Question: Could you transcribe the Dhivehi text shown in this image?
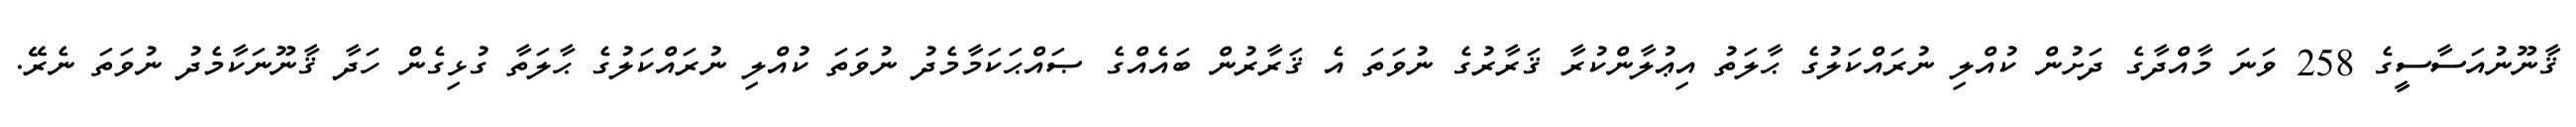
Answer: ޤާނޫނުއަސާސީގެ 258 ވަނަ މާއްދާގެ ދަށުން ކުއްލި ނުރައްކަލުގެ ޙާލަތު އިޢުލާންކުރާ ޤަރާރުގެ ނުވަތަ އެ ޤަރާރުން ބައެއްގެ ޞައްޙަކަމާމެދު ނުވަތަ ކުއްލި ނުރައްކަލުގެ ޙާލަތާ ގުޅިގެން ހަދާ ޤާނޫނަކާމެދު ނުވަތަ ނެރޭ.